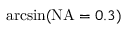
\arcsin ( \mathrm { N A } = 0 . 3 )